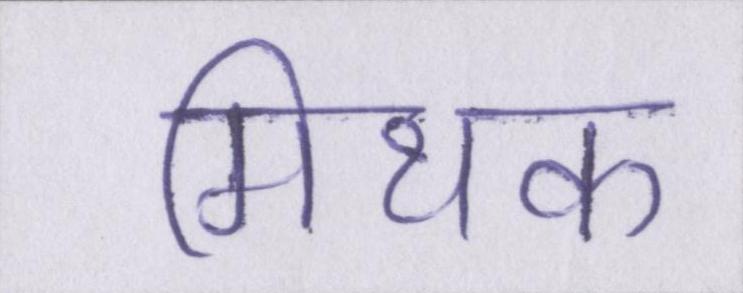
मिथक